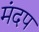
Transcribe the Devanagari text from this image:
मंदप